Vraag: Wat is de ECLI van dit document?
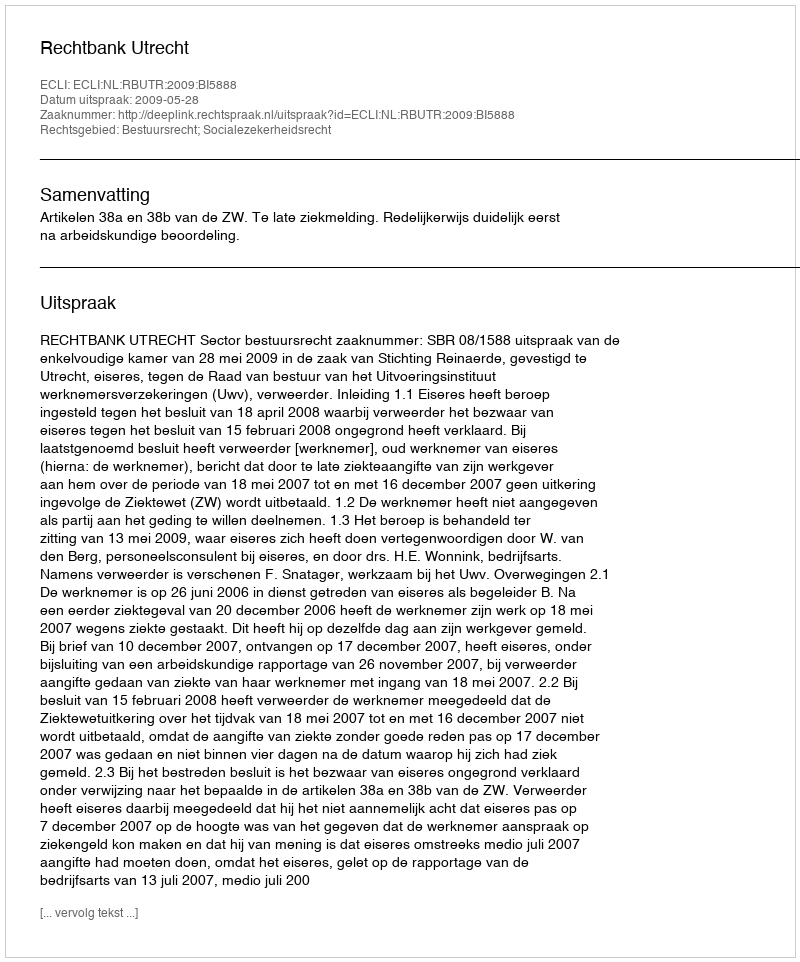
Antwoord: ECLI:NL:RBUTR:2009:BI5888